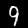
Label: 9